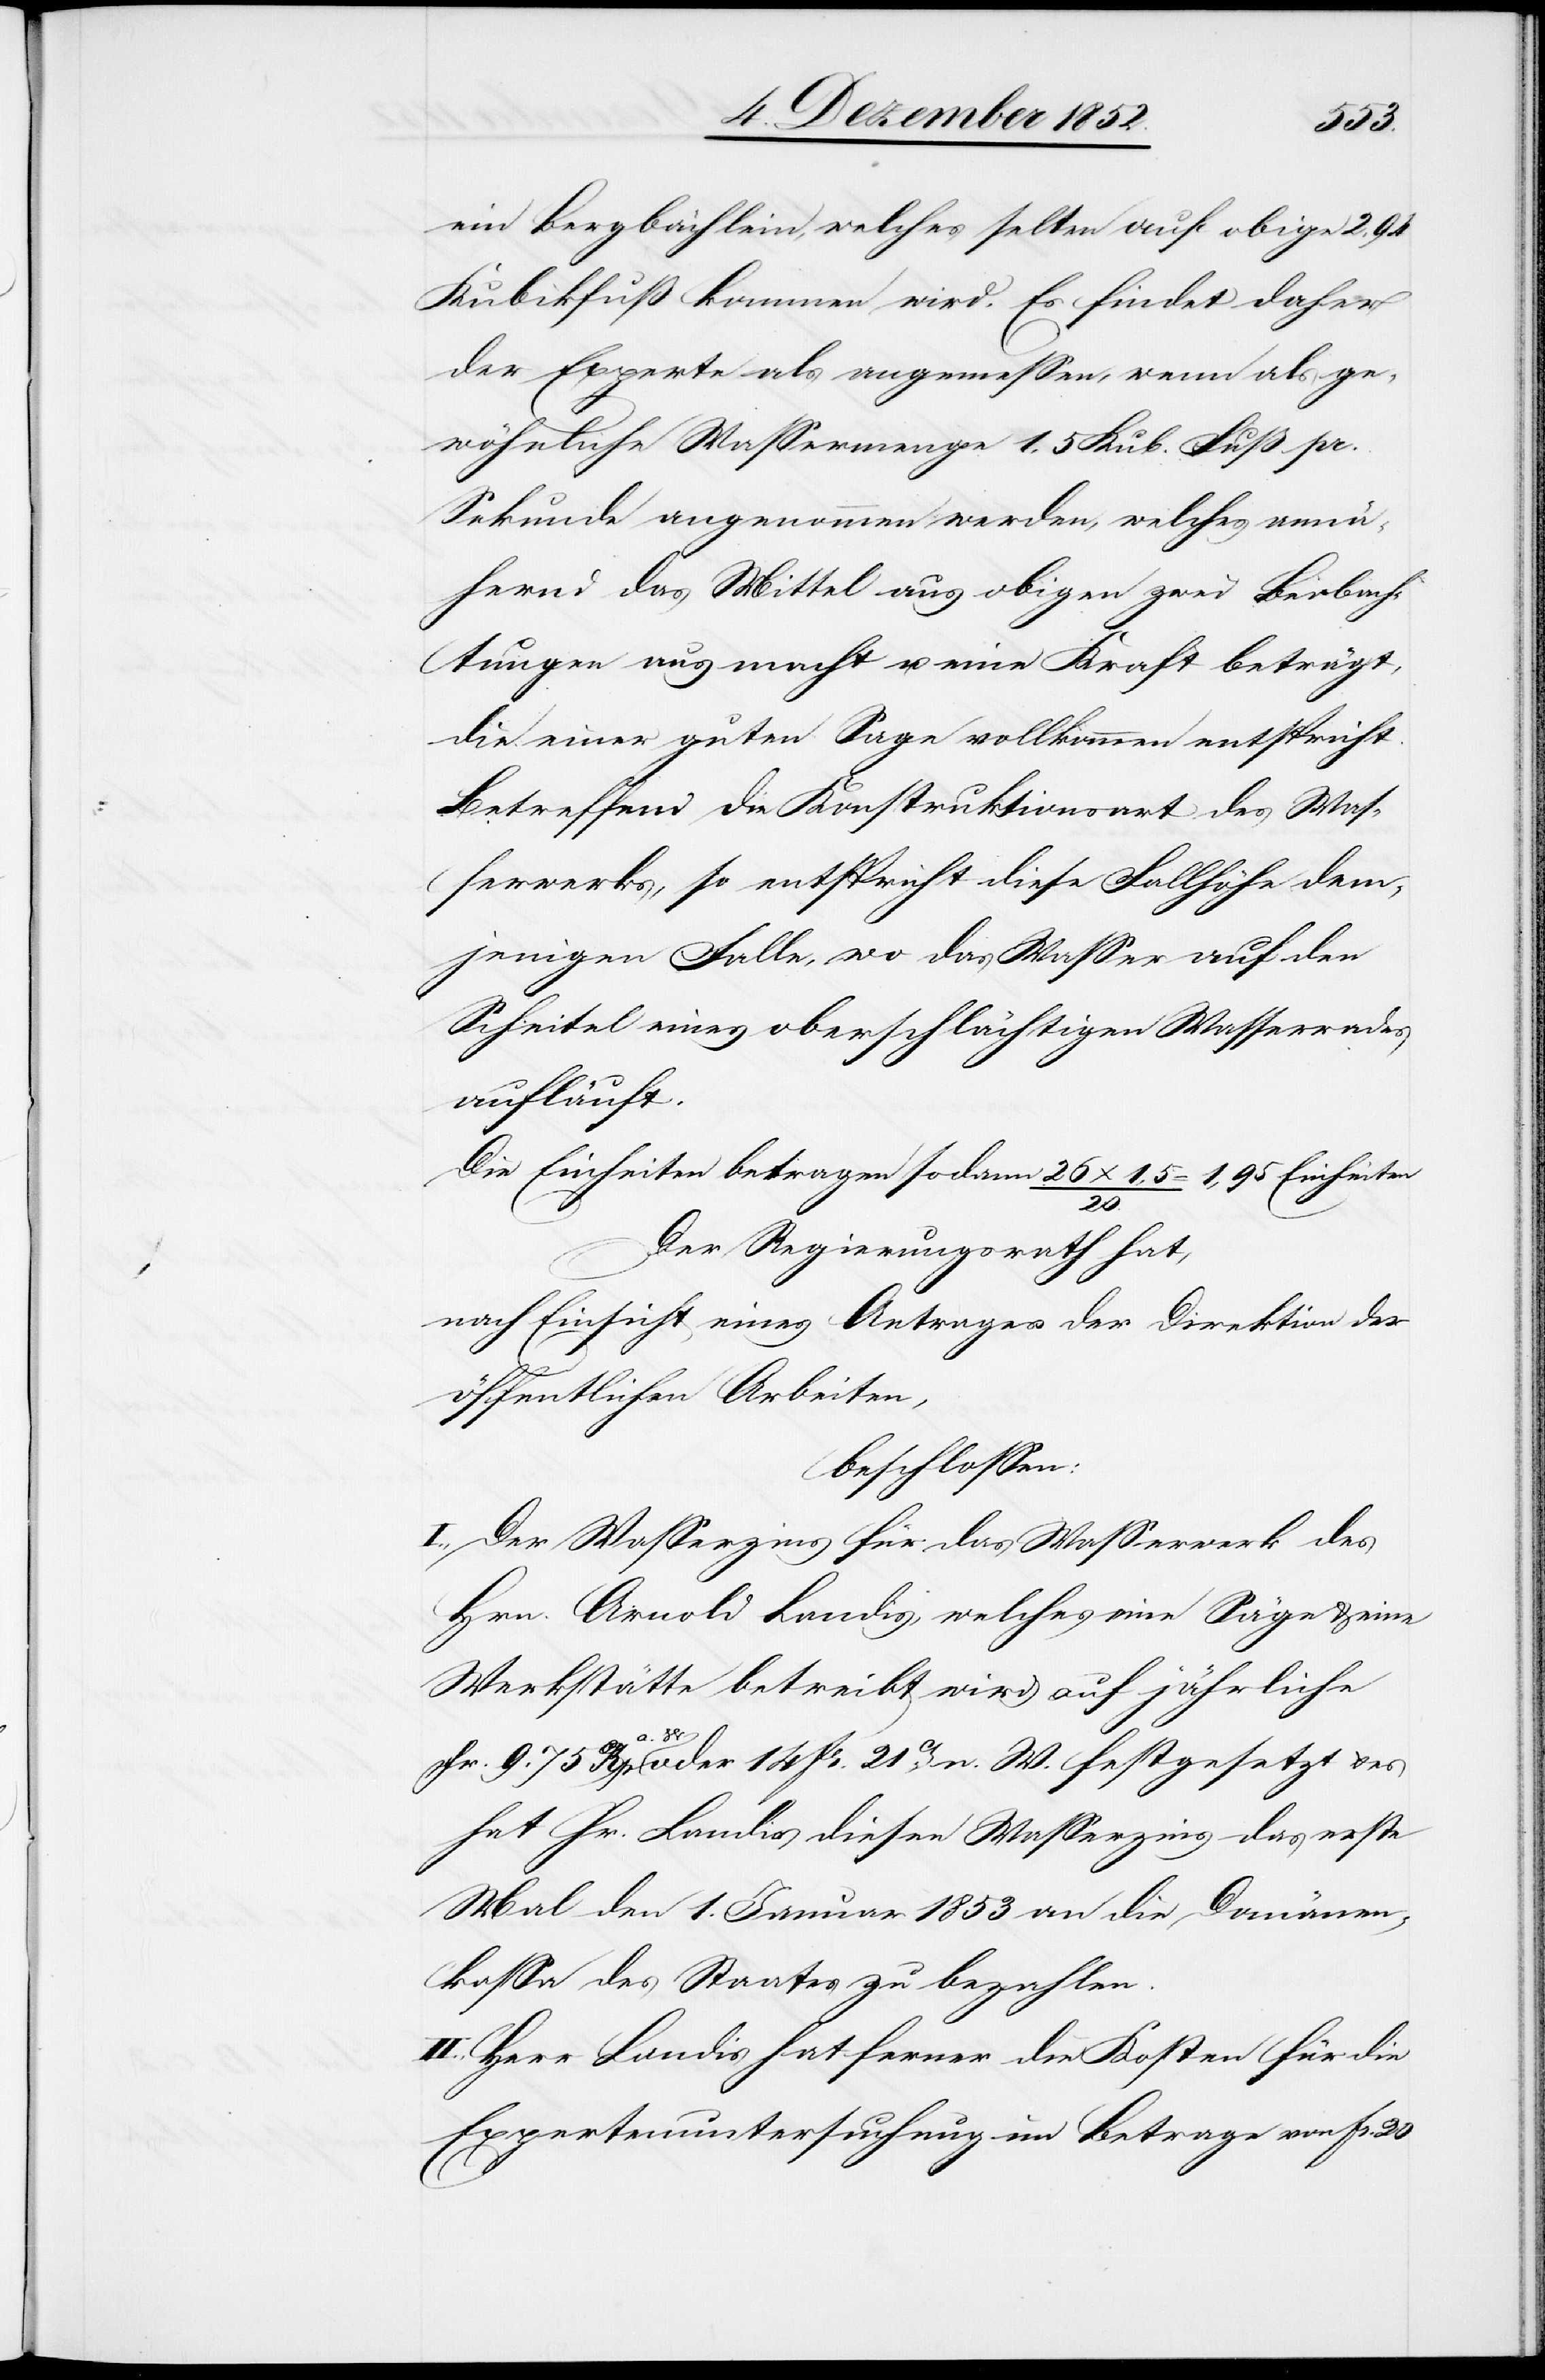
ein Bergbächlein, welches selten auf obige 2,94
Kubikfuß kommen wird. Es findet daher
der Experte als angemessen, wenn als ge¬
wöhnliche Wassermenge 1,5 Kub. Fuß pr.
Sekunde angenommen werden, welches annä¬
hernd das Mittel aus obigen zwei Beobach¬
tungen ausmacht u. eine Kraft beträgt,
die einer guten Sage vollkommen entspricht.
Betreffend die Konstruktionsart des Was¬
serwerks, so entspricht diese Fallhöhe dem¬
jenigen Falle, wo das Wasser auf den
Scheitel eines oberschlächtigen Wasserrades
aufläuft.
Die Einheiten betragen sodann 26 x 1,5 / 20 = 1,95 Einheiten
Der Regierungsrath hat,
nach Einsicht eines Antrages der Direktion der
öffentlichen Arbeiten,
beschlossen:
I., Der Wasserzins für das Wasserwerk des
Hrn. Arnold Landis, welches eine Säge & eine
Werkstätte betreibt wird auf jährliche
a. W oder 14 fr. 21Cts. n. W. festgesetzt & es
hat Hr. Landis diesen Wasserzins das erste
Mal den 1. Januar 1853 an die Domänen¬
kassa des Staates zu bezahlen.
II., Herr Landis hat ferner die Kosten für die
Expertenuntersuchung im Betrage von fr.